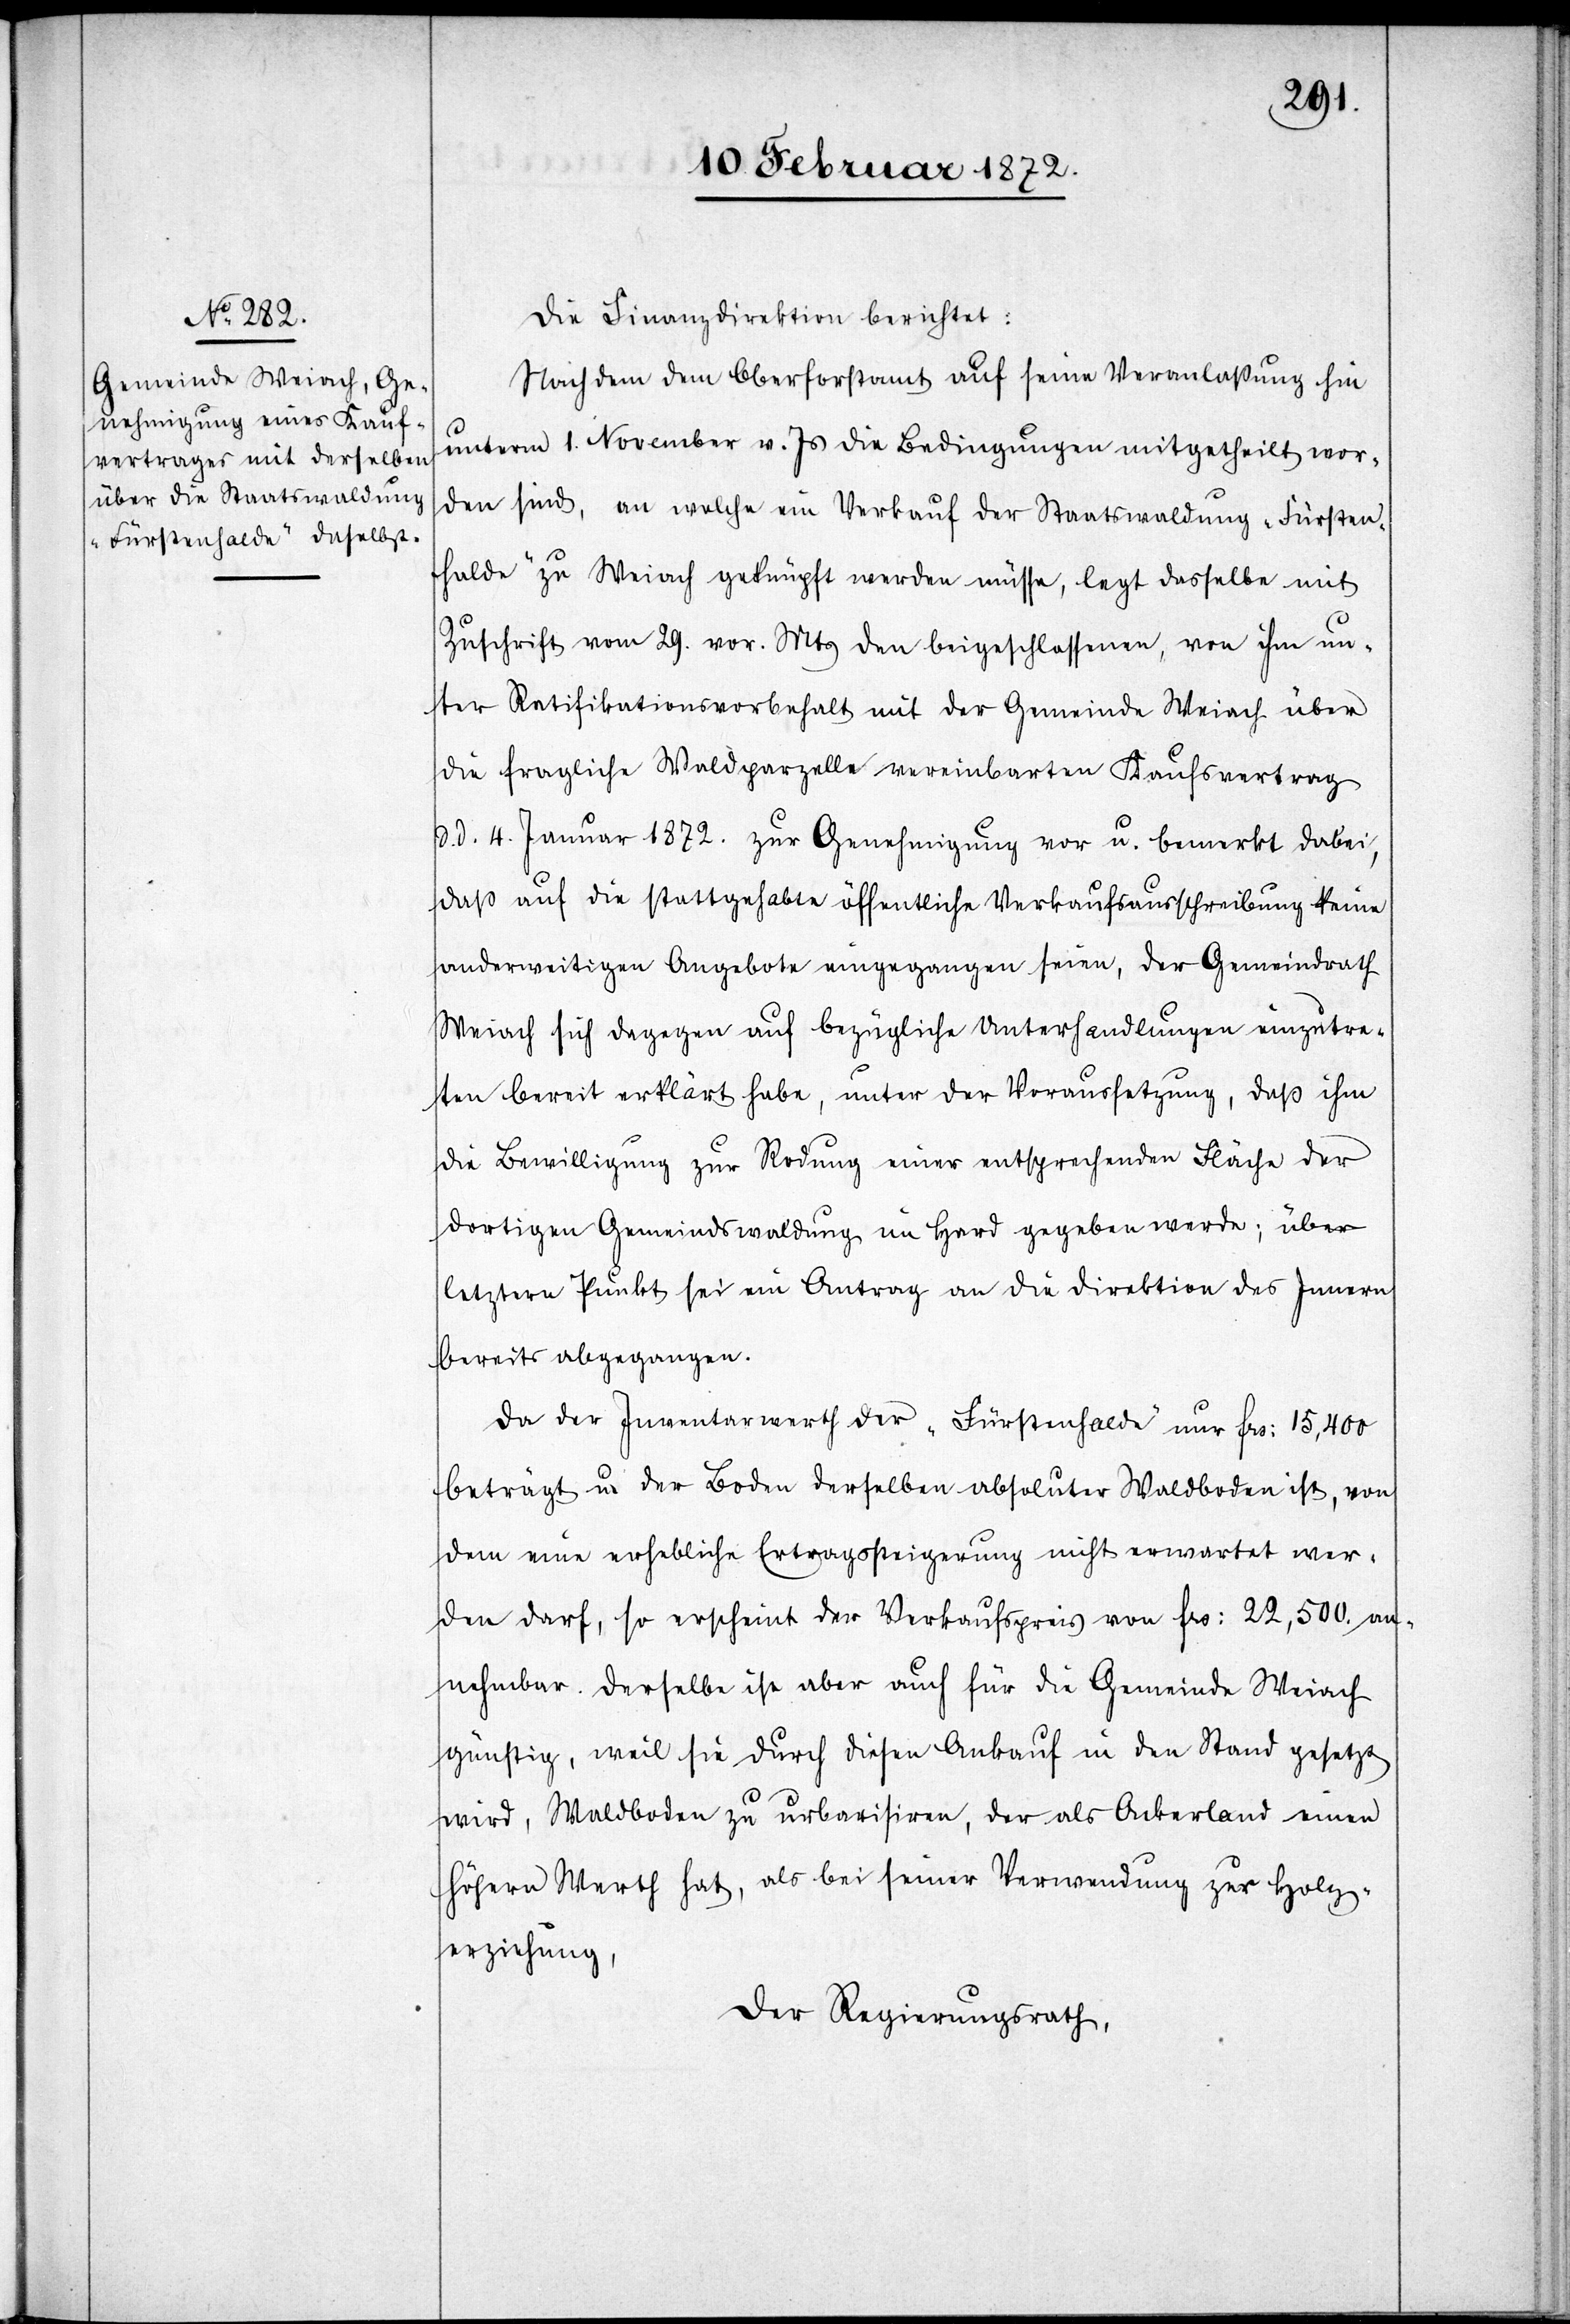
Die Finanzdirektion berichtet:
Nachdem dem Oberforstamt auf seine Veranlaßung hin
unterm 1. November v. Js die Bedingungen mitgetheilt wor¬
den sind, an welche ein Verkauf der Staatswaldung „Fürsten¬
halde“ zu Weiach geknüpft werden müsse, legt dasselbe mit
Zuschrift vom 29. vor. Mts den beigeschlossenen, von ihm un¬
ter Ratifikationsvorbehalt mit der Gemeinde Weiach über
die fragliche Waldparzelle vereinbarten Kaufsvertrag
d. 4. Januar 1872. zur Genehmigung vor u. bemerkt dabei,
daß auf die stattgehabte öffentliche Verkaufsausschreibung keine
anderweitigen Angebote eingegangen seien, der Gemeindrath
Weiach sich dagegen auf bezügliche Unterhandlungen einzutre¬
ten bereit erklärt habe, unter der Voraussetzung, daß ihm
die Bewilligung zur Rodung einer entsprechenden Fläche der
dortigen Gemeindswaldung im Hard gegeben werde; über
letztern Punkt sei ein Antrag an die Direktion des Innern
bereits abgegangen.
Da der Inventarwerth der „Fürstenhalde“ nur frs. 15,400
beträgt u. der Boden derselben absoluter Waldboden ist, von
dem eine erhebliche Ertragssteigerung nicht erwartet wer¬
den darf, so erscheint der Verkaufspreis von frs. 22,500. an¬
nehmbar. Derselbe ist aber auch für die Gemeinde Weiach
günstig, weil sie durch diesen Ankauf in den Stand gesetzt
wird, Waldboden zu urbarisiren, der als Ackerland einen
höhern Werth hat, als bei seiner Verwendung zur Holz¬
erziehung,
Der Regierungsrath,